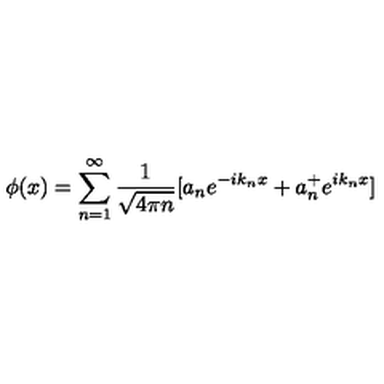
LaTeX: \phi ( x ) = \sum _ { n = 1 } ^ { \infty } { \frac { 1 } { \sqrt { 4 \pi n } } } [ a _ { n } e ^ { - i k _ { n } x } + a _ { n } ^ { + } e ^ { i k _ { n } x } ]